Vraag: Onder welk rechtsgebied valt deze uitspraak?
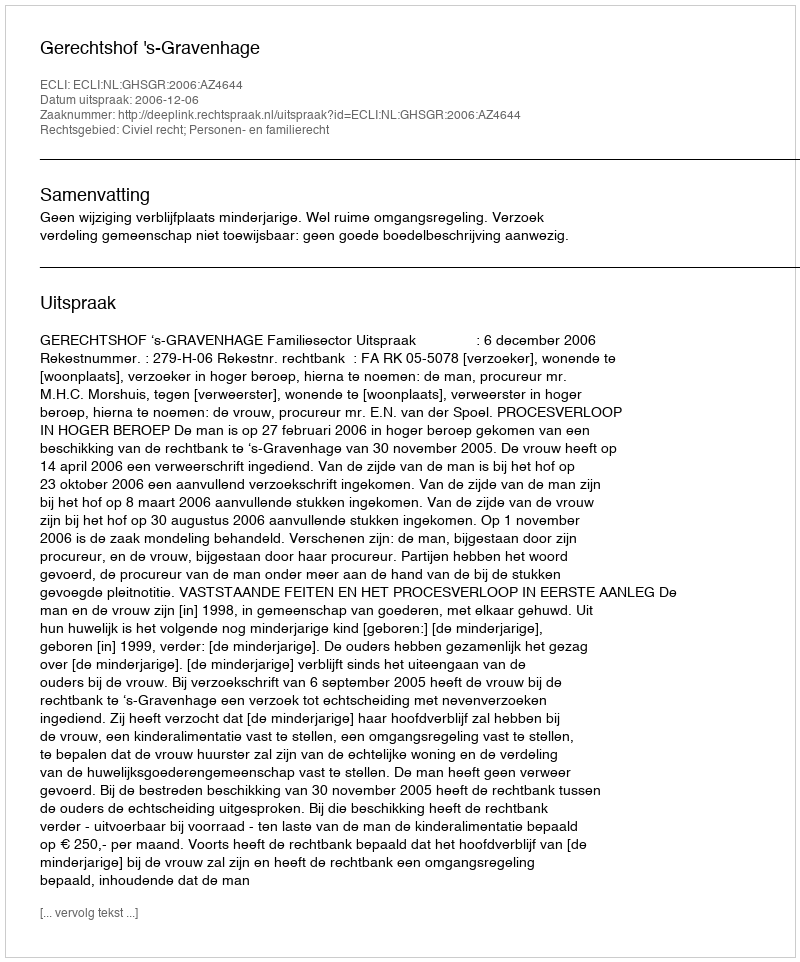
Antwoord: Civiel recht; Personen- en familierecht